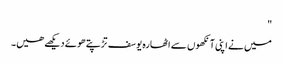
"
میں نے اپنی آنکھوں سے اٹھارہ یوسف تڑپتے ھوئے دیکھے ھیں۔